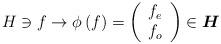
LaTeX: \begin{align*}H\ni f\rightarrow\phi\left( f\right) =\left( \begin{array}{c}f_{e} \\ f_{o}\end{array}\right) \in\boldsymbol{H} \end{align*}